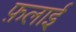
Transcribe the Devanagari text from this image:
फ़लाई